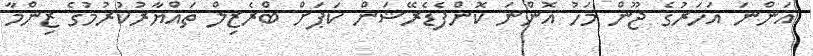
އަންނަ އަހަރުގެ ޖޫން މަހު އޮންނަ ކޮންފެޑެރޭޝަން ކަޕަށް ބްރެޒިލް ތައްޔާރުކުރުމުގެ ޒިންމާ